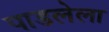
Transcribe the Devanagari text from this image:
पाडलेला